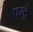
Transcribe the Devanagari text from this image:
एल्द्रे